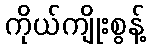
ကိုယ်ကျိုးစွန့်